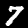
Label: 7